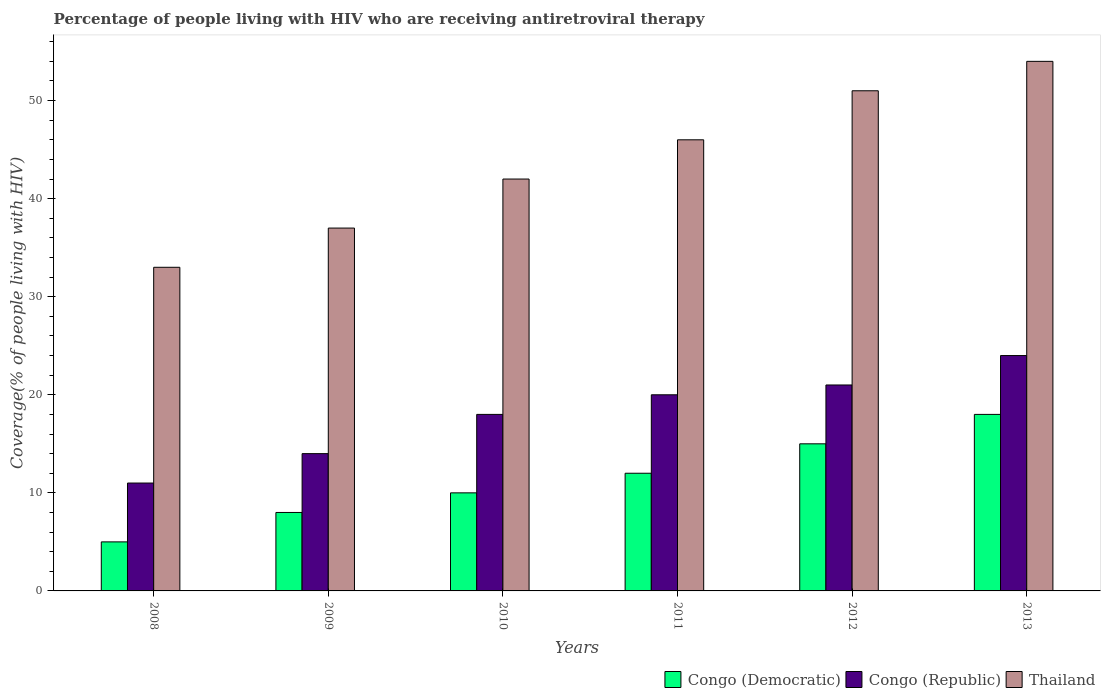
| Years | Congo (Democratic) | Congo (Republic) | Thailand |
 | --- | --- | --- | --- |
 | 2008 | 5 | 11 | 33 |
 | 2009 | 8 | 14 | 37 |
 | 2010 | 10 | 18 | 42 |
 | 2011 | 12 | 20 | 46 |
 | 2012 | 15 | 21 | 51 |
 | 2013 | 18 | 24 | 54 |